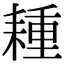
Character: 𦔉